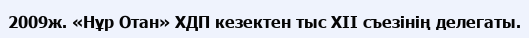
2009ж. «Нұр Отан» ХДП кезектен тыс ХІІ съезінің делегаты.